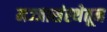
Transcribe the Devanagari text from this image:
मज्जासंस्थेतून